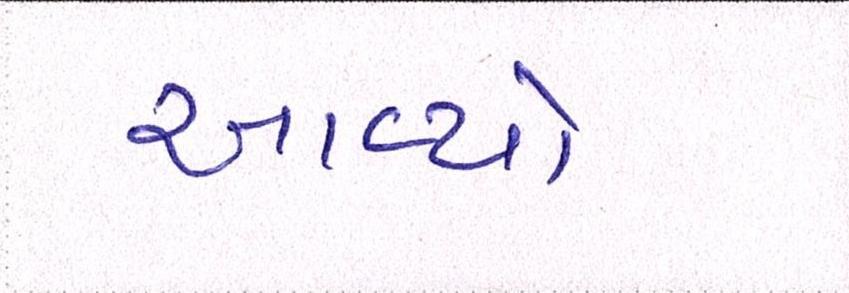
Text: આવ્યો